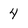
Character: 4